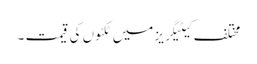
مختلف کیٹیگریز میں ٹکٹوں کی قیمت ۔